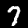
Digit: 7